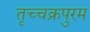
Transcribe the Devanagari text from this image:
तृच्चक्रपुरम